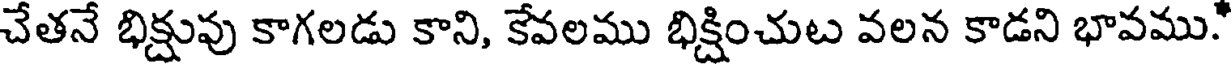
చేతనే భిక్షువు కాగలడు కాని, కేవలము భిక్షించుట వలన కాడని భావము.